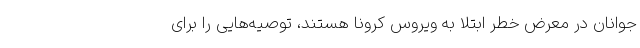
جوانان در معرض خطر ابتلا به ویروس کرونا هستند، توصیه‌هایی را برای